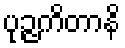
ပုဉ္ဇကိတာနိ